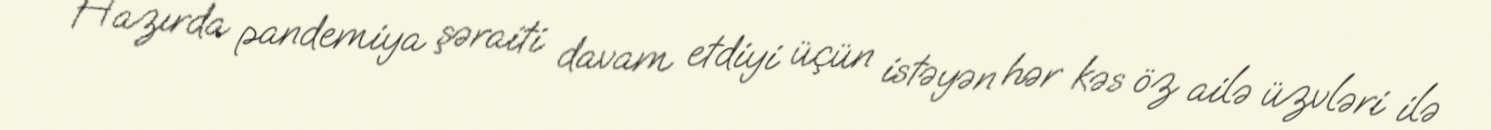
Hazırda pandemiya şəraiti davam etdiyi üçün istəyən hər kəs öz ailə üzvləri ilə